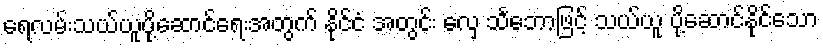
ရေလမ်းသယ်ယူပို့ဆောင်ရေးအတွက် နိုင်ငံ အတွင်း လှေ သင်္ဘောဖြင့် သယ်ယူ ပို့ဆောင်နိုင်သော